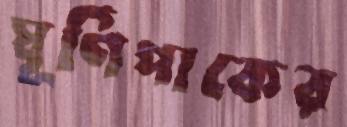
ঘূর্ণিপাকের